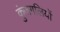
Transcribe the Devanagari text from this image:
कुंजगलियों